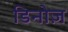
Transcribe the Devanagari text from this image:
डिनोज़